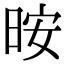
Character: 㫨